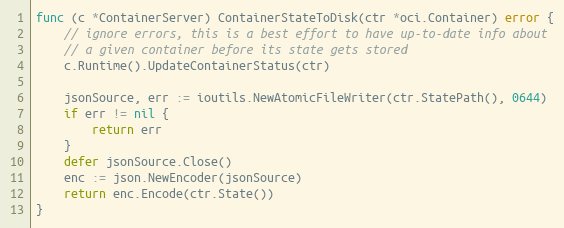
Language: Go
func (c *ContainerServer) ContainerStateToDisk(ctr *oci.Container) error {
	// ignore errors, this is a best effort to have up-to-date info about
	// a given container before its state gets stored
	c.Runtime().UpdateContainerStatus(ctr)

	jsonSource, err := ioutils.NewAtomicFileWriter(ctr.StatePath(), 0644)
	if err != nil {
		return err
	}
	defer jsonSource.Close()
	enc := json.NewEncoder(jsonSource)
	return enc.Encode(ctr.State())
}